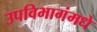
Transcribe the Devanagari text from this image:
उपविभागंमधे